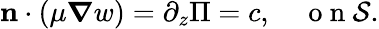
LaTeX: \mathbf{n}\cdot(\mu\boldsymbol{\nabla}w)=\partial_{z}\Pi=c,\quad\mathrm{~o~n~}{\cal S}.